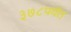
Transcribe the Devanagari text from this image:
३७८पर्यंत